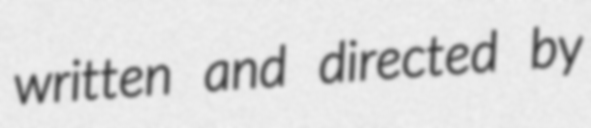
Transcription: written and directed by